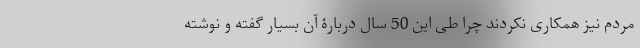
مردم نیز همکاری نکردند چرا طی این 50 سال دربارۀ آن بسیار گفته و نوشته